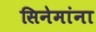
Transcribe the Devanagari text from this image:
सिनेमांना